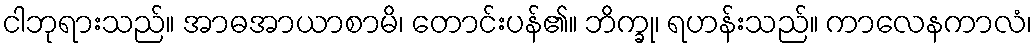
ငါဘုရားသည်။ အာဓအာယာစာမိ၊ တောင်းပန်၏။ ဘိက္ခု၊ ရဟန်းသည်။ ကာလေနကာလံ၊